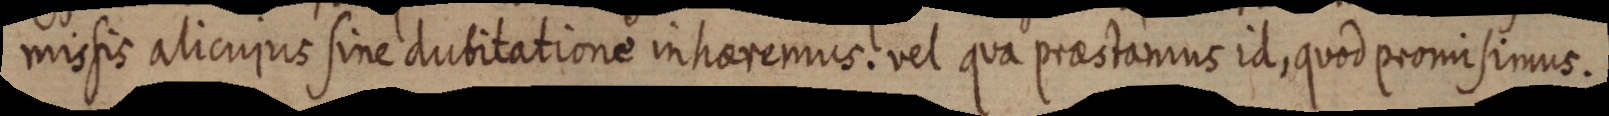
missis alicujus sine dubitatione in haeremus. vel qua praestamus id, quod promisimus.